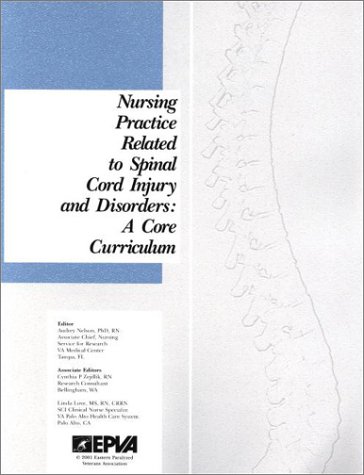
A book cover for Nursing Practice Related to Spinal Cord Injury and Disorders: A Core Curriculum; Linda Love MS  R.N.  CRRN; Medical Books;